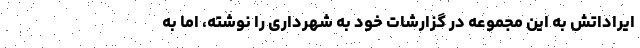
ایراداتش به این مجموعه در گزارشات خود به شهرداری را نوشته، اما به